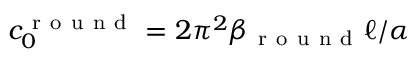
c _ { 0 } ^ { \mathrm { ~ r ~ o ~ u ~ n ~ d ~ } } = 2 \pi ^ { 2 } \beta _ { \mathrm { ~ r ~ o ~ u ~ n ~ d ~ } } \ell / \alpha